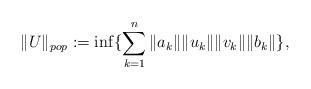
LaTeX: \begin{align*}\|U\|_{pop}:=\inf\{\sum_{k=1}^n\|a_k\|\|u_k\|\|v_k\|\|b_k\|\},\end{align*}